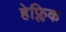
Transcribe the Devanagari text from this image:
हेफ्लिक